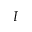
I